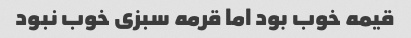
قیمه خوب بود اما قرمه سبزی خوب نبود